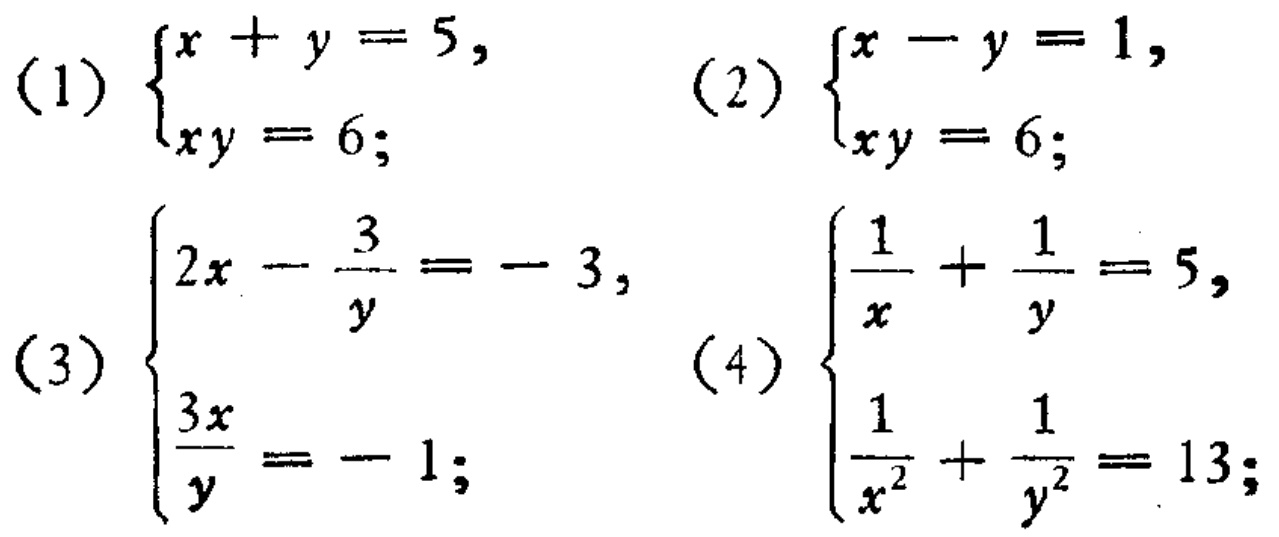
(1) \(\begin{cases}x + y = 5,\\xy = 6;\end{cases}\)
(2) \(\begin{cases}x - y = 1,\\xy = 6;\end{cases}\)
(3) \(\begin{cases}2x-\frac{3}{y}=-3,\\\frac{3x}{y}=-1;\end{cases}\)
(4) \(\begin{cases}\frac{1}{x}+\frac{1}{y}=5,\\\frac{1}{x^{2}}+\frac{1}{y^{2}}=13;\end{cases}\)